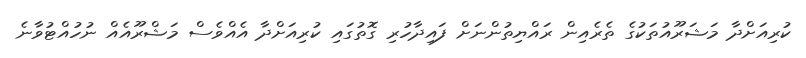
ކުރިއަށްދާ މަޝަރޫއުތަކުގެ ތެރެއިން ރައްޔިތުންނަށް ފައިދާހުރި ގޮތުގައި ކުރިއަށްދާ އެއްވެސް މަޝްރޫއެއް ނުހުއްޓުވާނެ